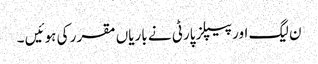
ن لیگ اور پیپلز پارٹی نے باریاں مقرر کی ہوئیں ۔